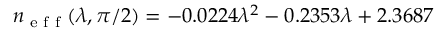
n _ { \textrm { e f f } } ( \lambda , \pi / 2 ) = - 0 . 0 2 2 4 \lambda ^ { 2 } - 0 . 2 3 5 3 \lambda + 2 . 3 6 8 7